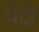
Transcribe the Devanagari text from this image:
भैदों